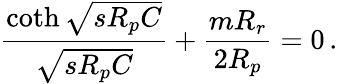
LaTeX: \frac{\coth\sqrt{sR_{p}C}}{\sqrt{sR_{p}C}}+\frac{mR_{r}}{2R_{p}}=0\, .